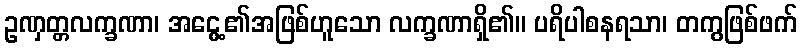
ဥဏှတ္တလက္ခဏာ၊ အငွေ့၏အဖြစ်ဟူသော လက္ခဏာရှိ၏။ ပရိပါစနရသာ၊ တကွဖြစ်ဖက်